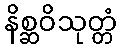
နိစ္ဆဝိသုတ္တံ